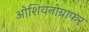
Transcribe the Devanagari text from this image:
ओशियनोग्राफर